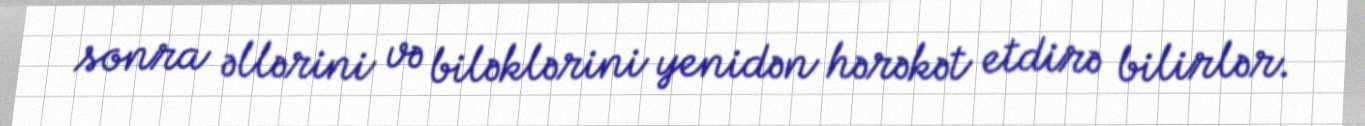
sonra əllərini və biləklərini yenidən hərəkət etdirə bilirlər.